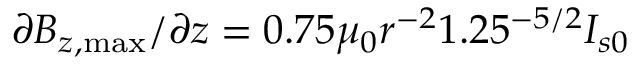
\partial B _ { z , \mathrm { { m a x } } } / \partial z = 0 . 7 5 \mu _ { 0 } r ^ { - 2 } 1 . 2 5 ^ { - 5 / 2 } I _ { s 0 }